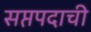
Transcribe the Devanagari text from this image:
सप्तपदाची